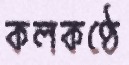
কলকণ্ঠে